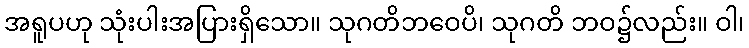
အရူပဟု သုံးပါးအပြားရှိသော။ သုဂတိဘဝေပိ၊ သုဂတိ ဘဝ၌လည်း။ ဝါ၊